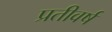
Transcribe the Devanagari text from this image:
प्रतीवर्ष